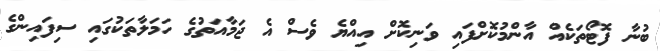
ބުނާ ފޮޓޯތަކެއް އާންމުކޮށްފައި ވަނިކޮށް އިއްޔެ ވެސް އެ ޖަމާއަތުގެ ހަމަލާތަކުގައި ސިފައިންގެ